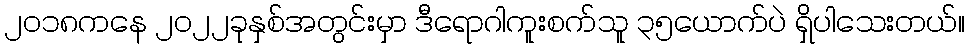
၂၀၁၈ကနေ ၂၀၂၂ခုနှစ်အတွင်းမှာ ဒီရောဂါကူးစက်သူ ၃၅ယောက်ပဲ ရှိပါသေးတယ်။